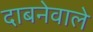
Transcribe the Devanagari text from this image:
दाबनेवाले